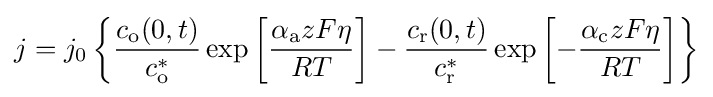
j=j_{0}\left\{{\frac {c_{\rm {o}}(0,t)}{c_{\rm {o}}^{*}}}\exp \left[{\frac {\alpha _{\rm {a}}zF\eta }{RT}}\right]-{\frac {c_{\rm {r}}(0,t)}{c_{\rm {r}}^{*}}}\exp \left[-{\frac {\alpha _{\rm {c}}zF\eta }{RT}}\right]\right\}